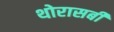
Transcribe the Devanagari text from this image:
थोरासबी